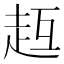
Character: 𧺳